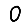
Digit: 0